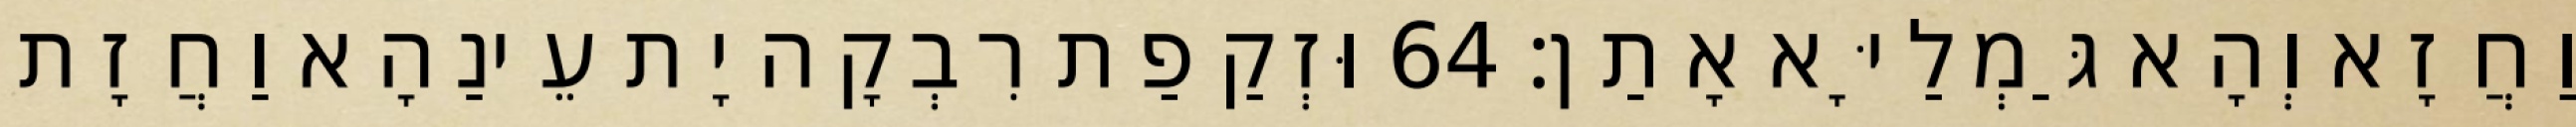
וַחֲזָא וְהָא גַּמְלַיָּא אָתַן׃ 64 וּזְקַפַת רִבְקָה יָת עֵינַהָא וַחֲזָת